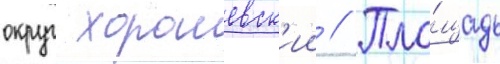
округ хорошевск'ии // Пло́щадь